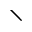
\setminus